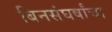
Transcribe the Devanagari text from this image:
बिनसंघर्षांचा